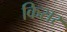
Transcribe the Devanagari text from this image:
किसर